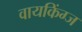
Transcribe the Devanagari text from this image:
वायकिंग्ज